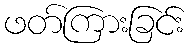
ဖတ်ကြားခြင်း